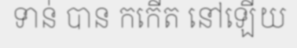
ទាន់ បាន កកើត នៅឡើយ